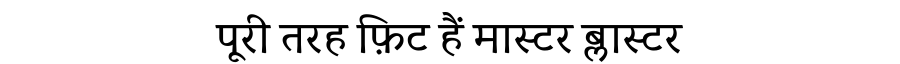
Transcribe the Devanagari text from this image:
पूरी तरह फ़िट हैं मास्टर ब्लास्टर